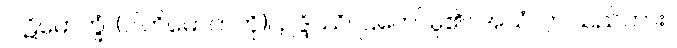
ပါဋိမောက္ခံ၊ (ပါတိမောက်ကို)။ ဥဒ္ဒိဿိ၊ ပြတော်မူ၏။ အယံ၊ ဤသည်ကား။